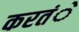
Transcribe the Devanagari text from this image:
करतंे